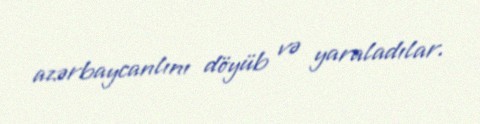
azərbaycanlını döyüb və yaraladılar.